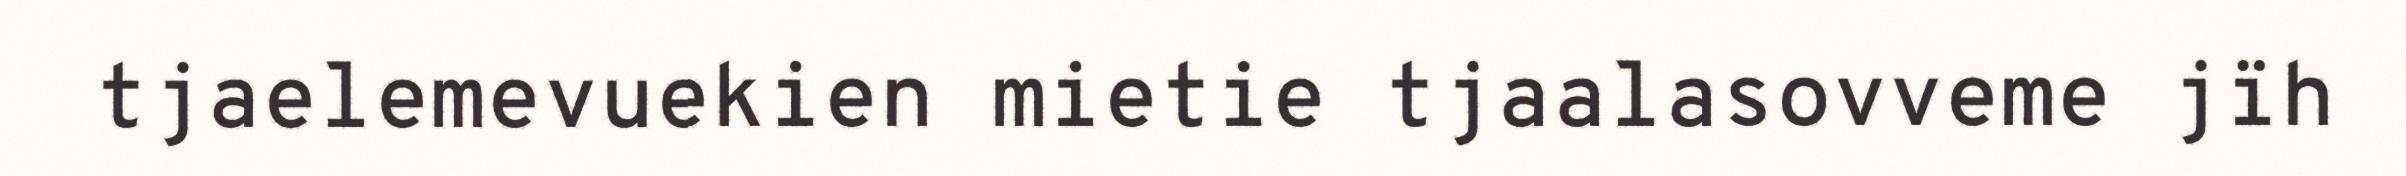
tjaelemevuekien mietie tjaalasovveme jïh